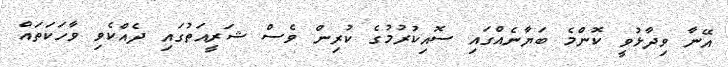
އޭނާ ވިދާޅުވީ ކޮންމެ ބަޔާނެއްގައި ސޮއިކުރުމުގެ ކުރިން ވެސް ޝަރީއަތުގައި ދެއްކެވި ވާހަކަތައް